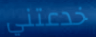
خدعتني